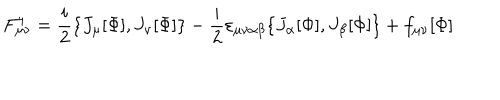
F _ { \mu \nu } ^ { 4 } = \frac { i } { 2 } \{ J _ { \mu } [ \Phi ] , J _ { \nu } [ \Phi ] \} - \frac { i } { 2 } \varepsilon _ { \mu \nu \alpha \beta } \{ J _ { \alpha } [ \Phi ] , J _ { \beta } [ \Phi ] \} + f _ { \mu \nu } [ \Phi ]